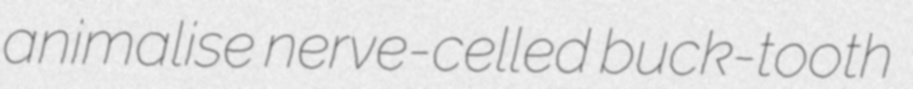
animalise nerve-celled buck-tooth